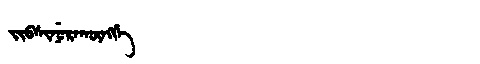
Manchu: ᠵᡳᠪᠰᡳᠨᡠᡵᠠᡴᡡᠩᡤᡝ
Romanization: JIBSINURAKŪNGGE